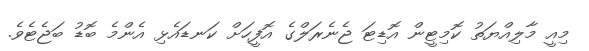
މިއީ މާލިއްޔަތު ކޮމިޓީން އޮޑިޓަ ޖެނެރަލްގެ އޮފީހަށް ކަނޑައެޅި އެންމެ ބޮޑު ބަޖެޓެވެ.